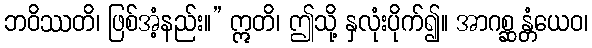
ဘဝိဿတိ၊ ဖြစ်အံ့နည်း။” ဣတိ၊ ဤသို့ နှလုံးပိုက်၍။ အာဂစ္ဆန္တံယေဝ၊